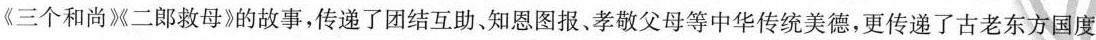
《三个和尚》《二郎救母》的故事，传递了团结互助、知恩图报、孝敬父母等中华传统美德，更传递了古老东方国度